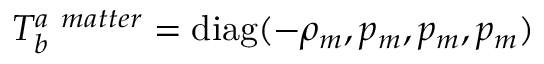
T _ { b } ^ { a \ m a t t e r } = \mathrm { d i a g } ( - \rho _ { m } , p _ { m } , p _ { m } , p _ { m } )